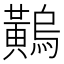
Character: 𪏝